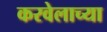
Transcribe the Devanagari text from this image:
करवेलाच्या